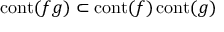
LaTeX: \operatorname { c o n t } ( f g ) \subset \operatorname { c o n t } ( f ) \operatorname { c o n t } ( g )